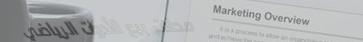
محلات بيع الأدوات الرياضي